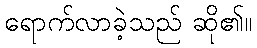
ရောက်လာခဲ့သည် ဆို၏။